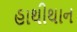
હાથીથાન